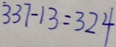
3 3 7 - 1 3 = 3 2 4